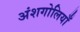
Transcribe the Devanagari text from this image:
अंशगोलियाँ